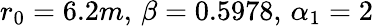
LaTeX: r_{0}=6.2m,\, \beta=0.5978,\, \alpha_{1}=2